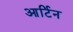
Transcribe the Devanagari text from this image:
आर्टिन